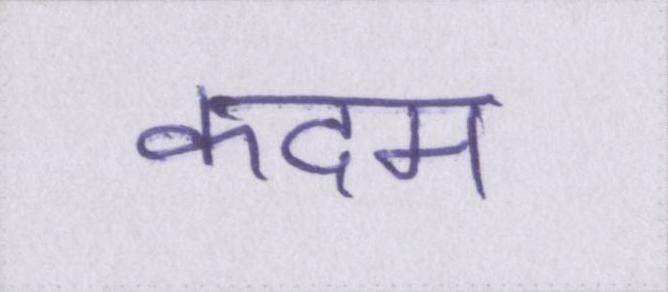
कदम